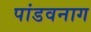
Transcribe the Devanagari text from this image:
पांडवनाग